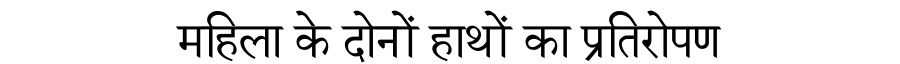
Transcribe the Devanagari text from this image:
महिला के दोनों हाथों का प्रतिरोपण